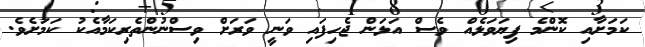
ކަމަށާއި ކޮންމެ ފިޔަވަޅެއް ވެސް އަޅަން ޖެހިފައި ވަނީ ވަރަށް ވިސްނުންތެރިކަމާއެކު ކަމަށެވެ.